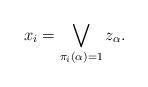
LaTeX: \begin{align*}x_i=\bigvee_{\pi_i(\alpha)=1}z_\alpha.\end{align*}